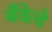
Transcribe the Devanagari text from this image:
बँकेचे